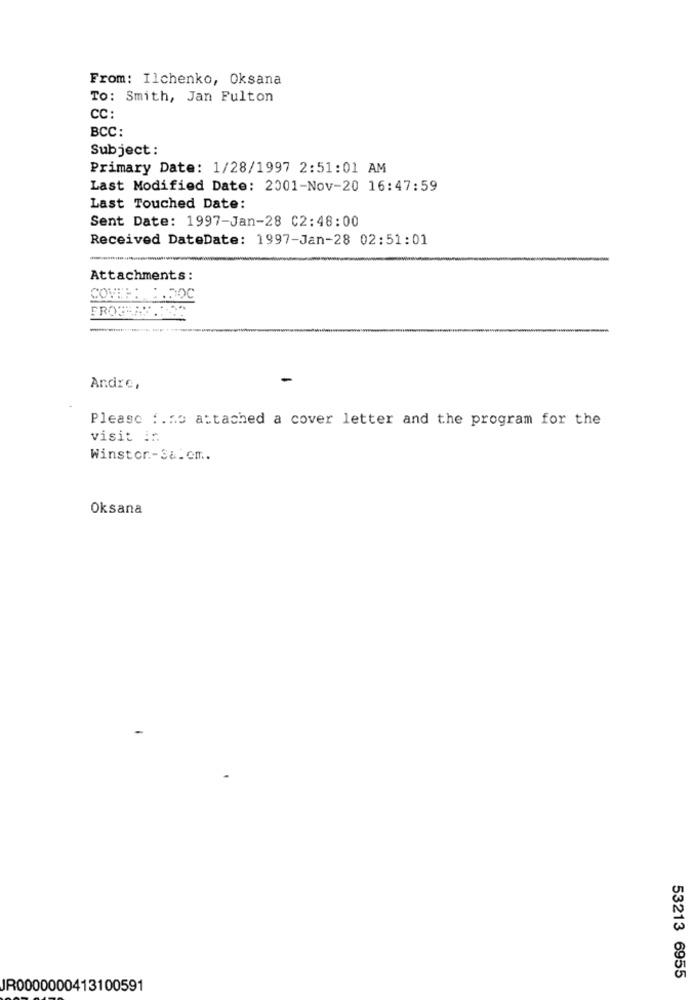
From: Ilchenko, Oksana
To: Smith, Jan Fulton
CC:
BCC:
Subject :
Primary Date: 1/28/1997 2:51:01 AM
Last Modified Date: 2001-Nov-20 16:47:59
Last Touched Date:
Sent Date: 1997-Jan-28 C2:48:00
Received DateDate: 1997-Jan-28 02:51:01
Attachments:
COVER: :. DOC
FROGHAS ...
-
Andre,
Please :. no attached a cover letter and the program for the
visit in
Winstor .- S&.cm.
Oksana
53213 6955
JR0000000413100591